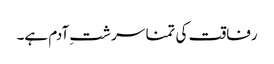
رفاقت کی تمنا سر شتِ آدم ہے۔